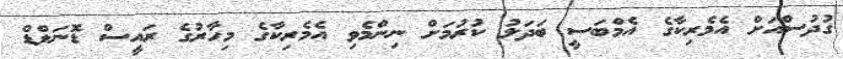
ގުދުސްއަށް އެމެރިކާގެ އެމްބަސީ ބަދަލު ކުރުމަށް ނިންމެވި އެމެރިކާގެ މިހާރުގެ ރައީސް ޑޮނަލްޑް